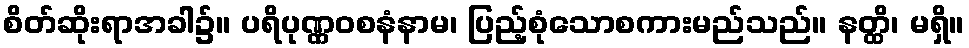
စိတ်ဆိုးရာအခါ၌။ ပရိပုဏ္ဏဝစနံနာမ၊ ပြည့်စုံသောစကားမည်သည်။ နတ္ထိ၊ မရှိ။